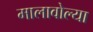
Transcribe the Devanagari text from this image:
मालावोल्या